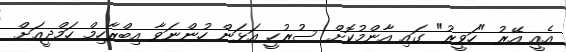
އެއީ އޭރު "ހަވީރު" ގައި އާންމުކޮށް ސުރުހީ އަޅަން ހުންނަވާ އިބްރާހިމް ހަމްދީއަށް